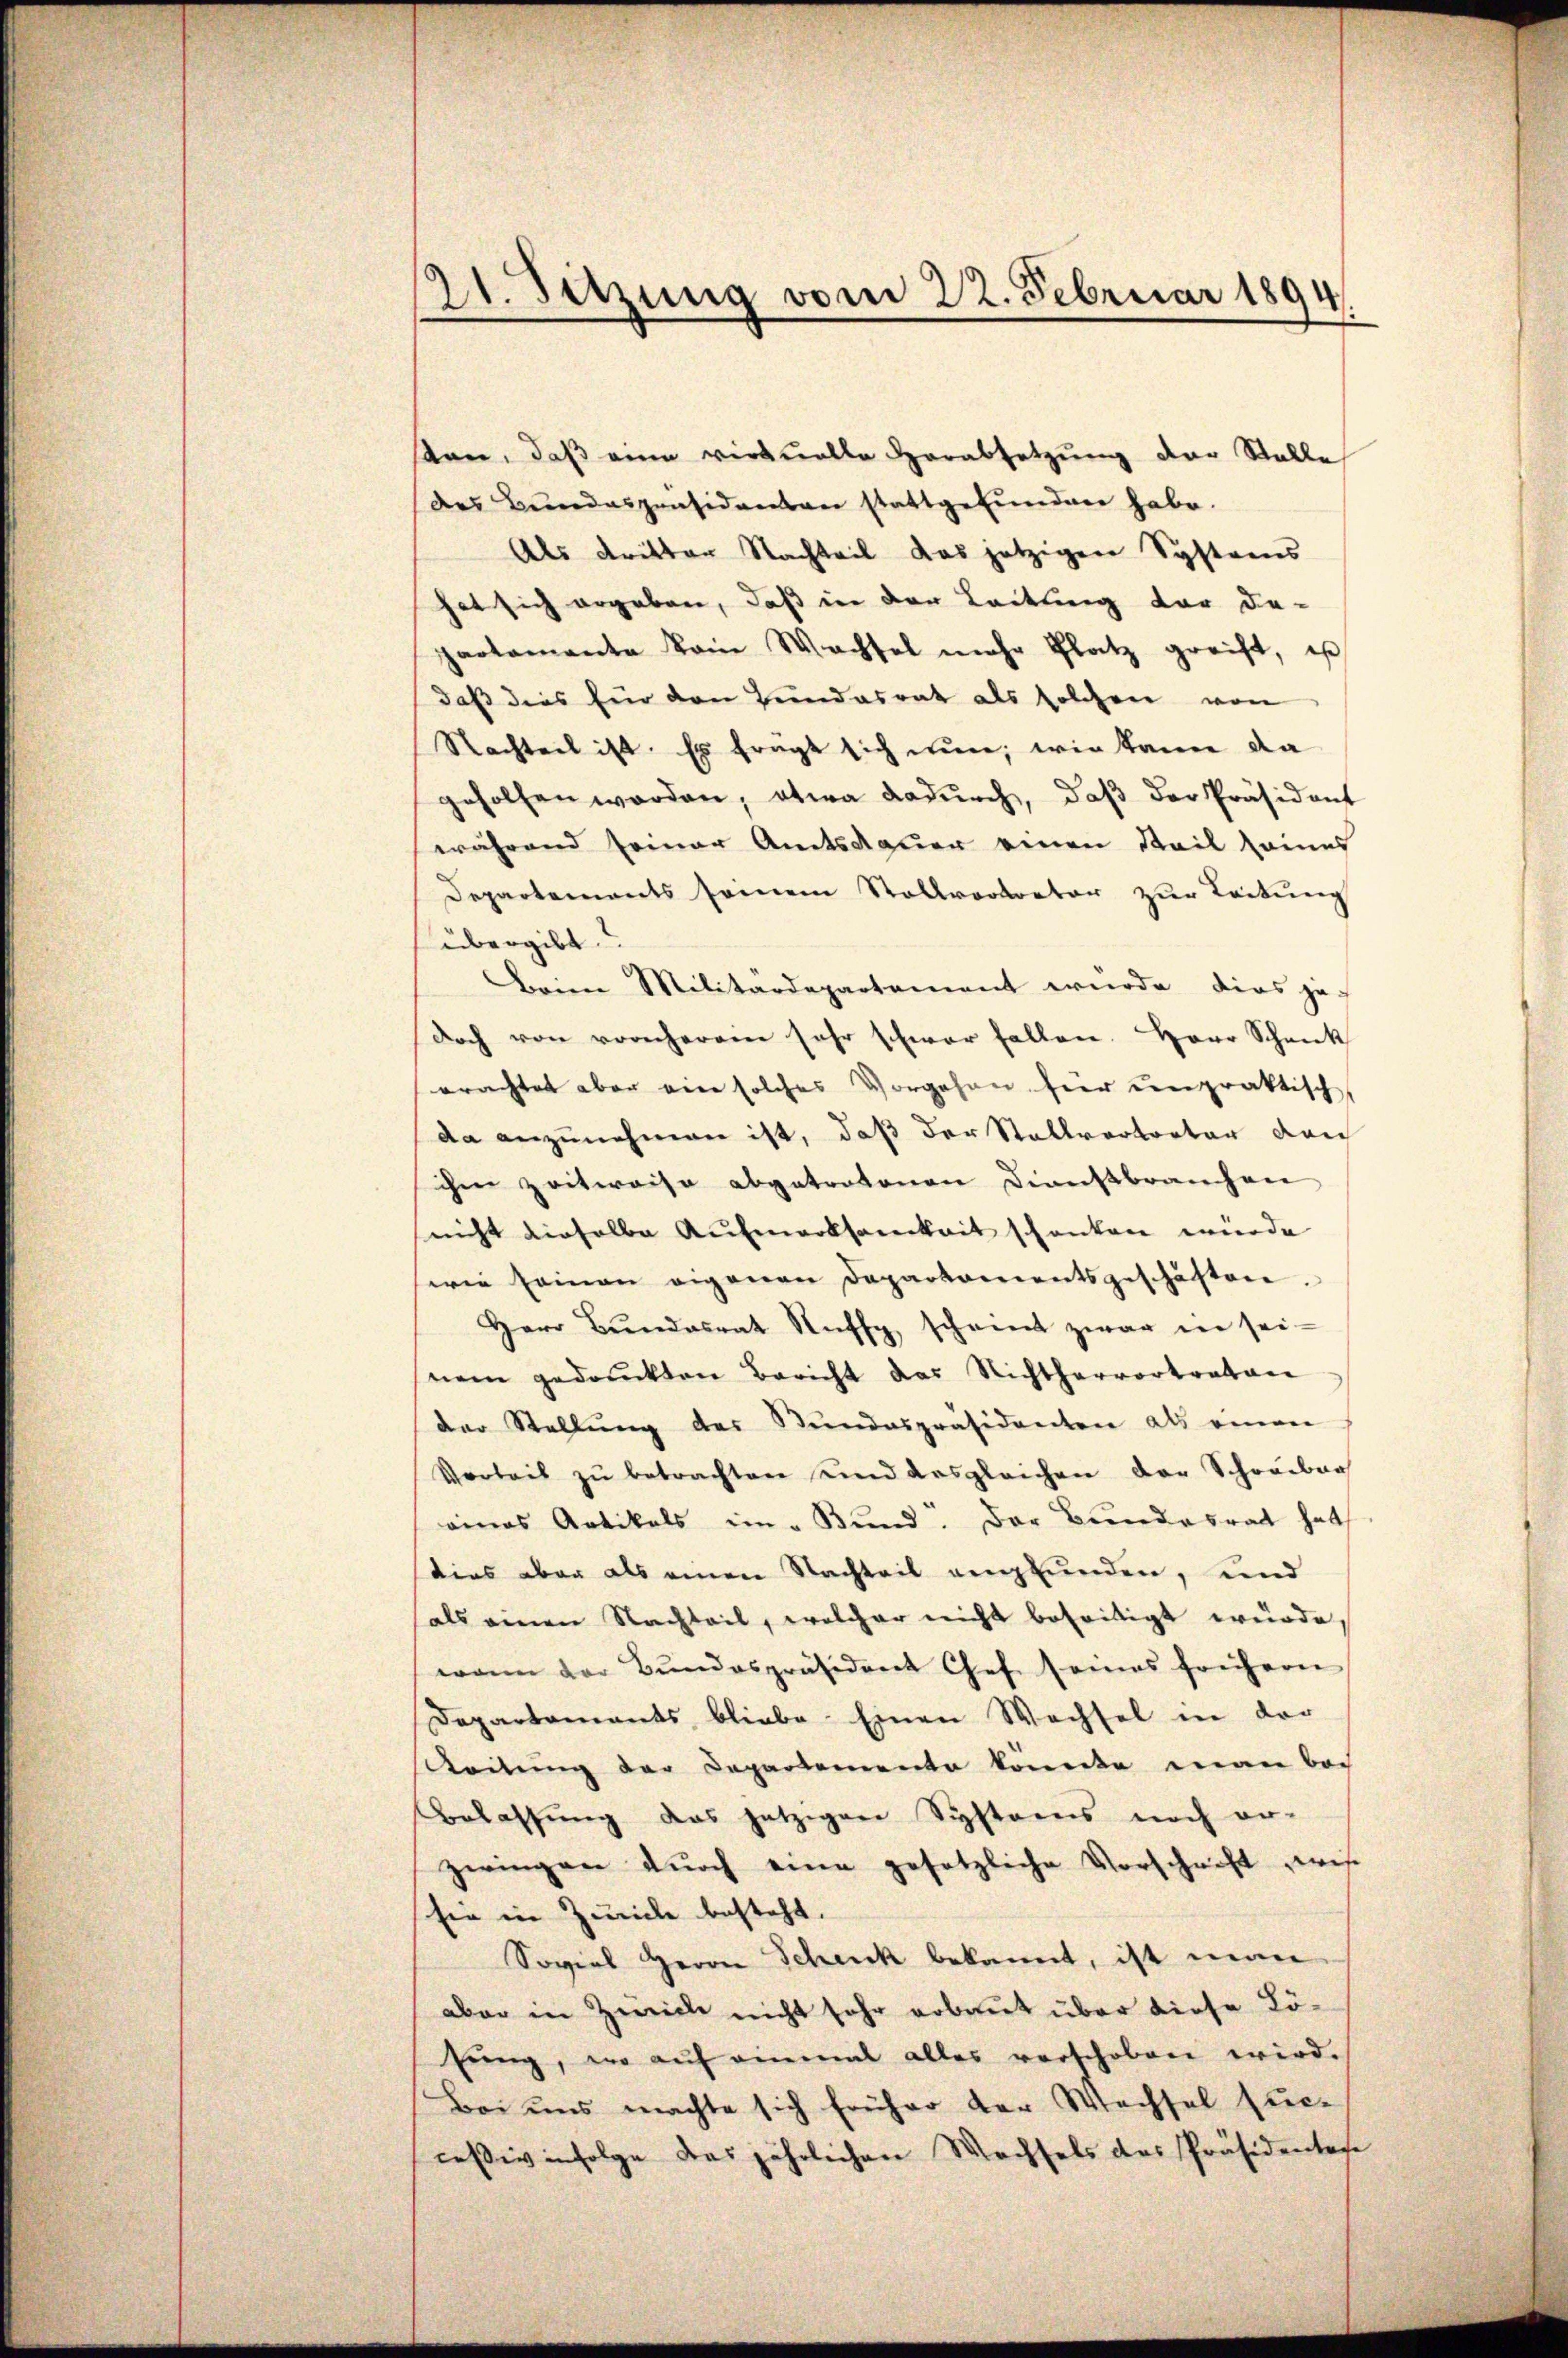
21. Setzung vom 22. Februar 1894.

ten, daß eine virtuelle Herabsetzung der Stelle
des Bŭndespräsidenten stattgefŭndeen habe.
Als dritter Nachteil das jetzigen Systems
hat sich ergeben, daß in der Leitung vor da-
partamante vom Wachsel mehr Platz greift, ist
daß dies für den Hundesrat als solchen von
Stachteil ist. Es fragt sich nun, wie kann da
geholfen werden, etwa dadurch, daß der Präsident
während seiner Amtsdauer einen Teil seines
Departements seinem Stollvortreter zur Leitung
übergibt.
Beim Militärdepartement wurde dies je-
doch von vorscherein sehr schwer fallen. Herr Schenk
erachtet aber ein solches Vorgehen hier unpraktisch,
da anzunehmen ist, daß der Stallvertreter dan
ihm zeitweise abgetratonen Dienstbranchen
nicht dieselbe Aufmerksamkeit schenken wurde
wie seinen eigenen Departamentsgeschäften.
Herr Bŭndesrat Rufs scheint zwar in sei-
nem gedruckten Bericht das Nichthervortraton
der Stellŭng des Stŭndespräsidenten als einen
Vorbeit zŭ betrachten und desgleichen der Schreiber
eines Artikels im „Bund. Der Bundesrath hat
dies aber als einen Nachteil anglunden, und
als einen Nachteil, welcher nicht beseitigt würde,
wann der Bŭndespräsident Chef seines frühern
Departaments bliebe. Einen Wechsel in der
Leitung der Departemente konnte man bei
Belassŭng das jetzigen Systems noch er-
zwingen durch eine gesetzliche Vorschrift wis
sie in Zuricle besteht.
Soviel Herrn Schenck bekannt, ist man
aber in Zwick nicht sehr arbaut über diese Lölŭng, wo aŭf einmal alles verschoben wird.
Bei uns machte sich früher der Wechsel suc-
ceßiv infolge das jährlichen Wachsels das Präsidentese